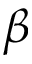
\beta